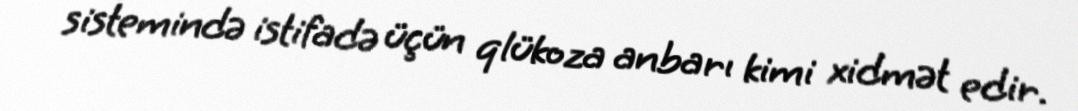
sistemində istifadə üçün qlükoza anbarı kimi xidmət edir.